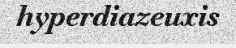
hyperdiazeuxis